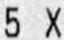
5 X